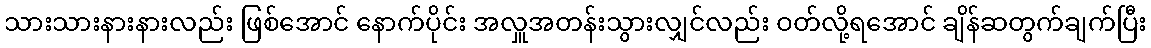
သားသားနားနားလည်း ဖြစ်အောင် နောက်ပိုင်း အလှူအတန်းသွားလျှင်လည်း ဝတ်လို့ရအောင် ချိန်ဆတွက်ချက်ပြီး